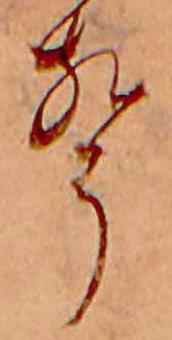
声